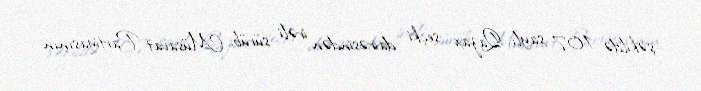
şəkildə 107 saylı Qazax seçki dairəsindən irəli sürüb, Müsavat Partiyasının